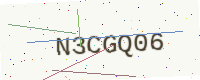
Text: N3CGQ06